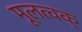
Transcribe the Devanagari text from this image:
मूलत्वक्